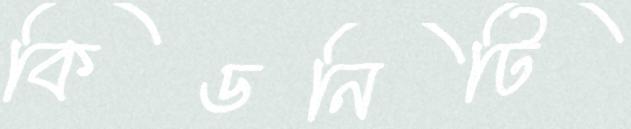
কিডনিটি